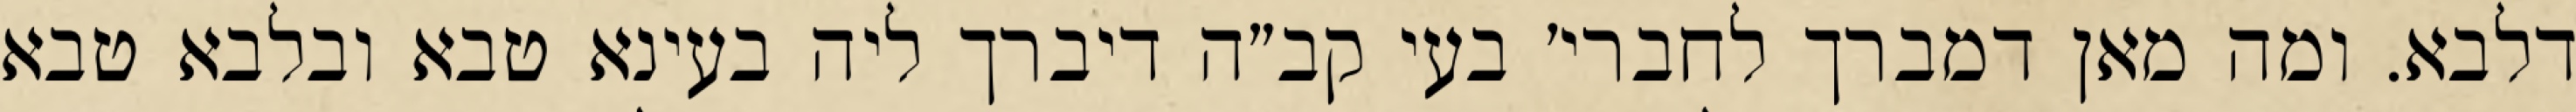
דלבא. ומה מאן דמברך לחברי׳ בעי קב״ה דיברך ליה בעינא טבא ובלבא טבא